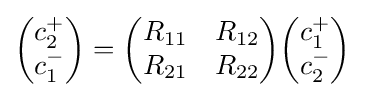
{\begin{pmatrix}c_{2}^{+}\\c_{1}^{-}\end{pmatrix}}={\begin{pmatrix}R_{11}&R_{12}\\R_{21}&R_{22}\end{pmatrix}}{\begin{pmatrix}c_{1}^{+}\\c_{2}^{-}\end{pmatrix}}